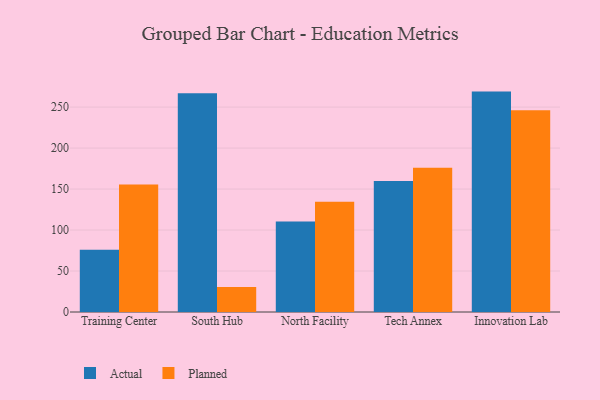
{"axis": {"x": "Campus", "y": "Humidity (%)"}, "legend": ["Actual", "Planned"], "data": [{"x": "Training Center", "y": 75.8, "type": "Actual"}, {"x": "Training Center", "y": 155.5, "type": "Planned"}, {"x": "South Hub", "y": 266.8, "type": "Actual"}, {"x": "South Hub", "y": 30.5, "type": "Planned"}, {"x": "North Facility", "y": 110.5, "type": "Actual"}, {"x": "North Facility", "y": 134.4, "type": "Planned"}, {"x": "Tech Annex", "y": 159.8, "type": "Actual"}, {"x": "Tech Annex", "y": 176.0, "type": "Planned"}, {"x": "Innovation Lab", "y": 268.9, "type": "Actual"}, {"x": "Innovation Lab", "y": 246.1, "type": "Planned"}]}